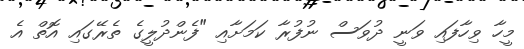
މީހާ ވިހާފައި ވަނީ ދުވަސް ނުފުރާ ކަމަށާއި "ފެންދުލީގެ ތެރޭގައި އޮތް އެ